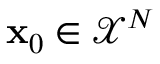
\mathbf { x } _ { 0 } \in \mathcal { X } ^ { N }